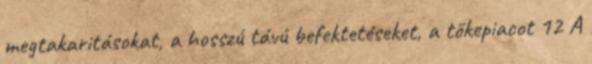
megtakaritásokat, a hosszú távú befektetéseket, a tőkepiacot 12 A